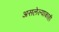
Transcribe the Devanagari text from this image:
असलेल्याकाही